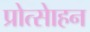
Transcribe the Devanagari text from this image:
प्रोत्साेहन